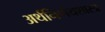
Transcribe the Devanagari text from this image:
अर्थनिर्णयशास्त्र